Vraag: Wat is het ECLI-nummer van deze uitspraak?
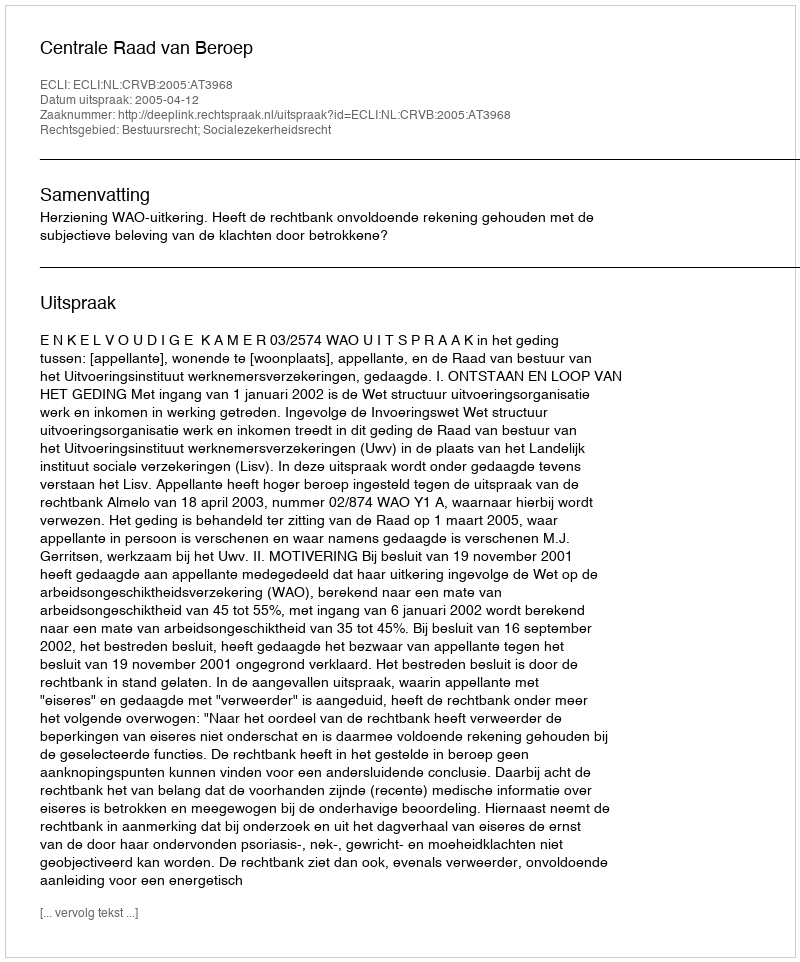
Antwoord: ECLI:NL:CRVB:2005:AT3968